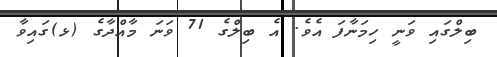
ބިލްގައި ވަނީ ހިމަނާފަ އެވެ. އެ ބިލްގެ 71 ވަނަ މާއްދާގެ (ޅ)ގައިވާ